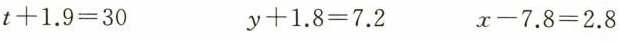
$$t + 1.9 = 30$$ $$y + 1.8 = 7.2$$ $$x - 7.8 = 2.8$$